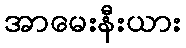
အာမေးနီးယား